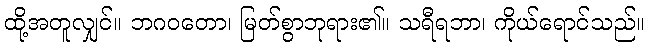
ထို့အတူလျှင်။ ဘဂဝတော၊ မြတ်စွာဘုရား၏။ သရီရဘာ၊ ကိုယ်ရောင်သည်။